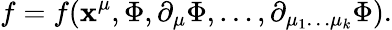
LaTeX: f=f(\mathbf{x}^{\mu},\Phi,\partial_{\mu}\Phi,\ldots,\partial_{{\mu_{1}}\ldots{\mu_{k}}}\Phi).